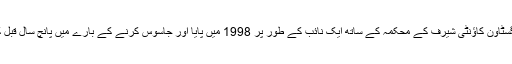
وہ روزگار لاونگسٹاون کاؤنٹی شیرف کے محکمہ کے ساتھ ایک نائب کے طور پر 1998 میں پایا اور جاسوس کرنے کے بارے میں پانچ سال قبل کو فروغ دیا گیا ۔